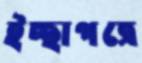
ইচ্ছাপত্রে